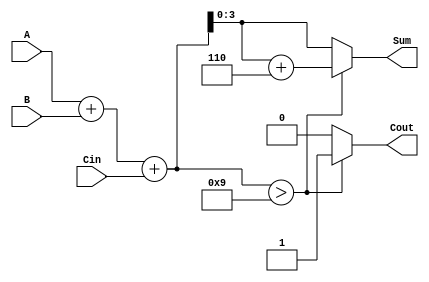
module BCD_Adder (
    input [3:0] A,    
    input [3:0] B,    
    input Cin,        
    output [3:0] Sum, 
    output Cout       
);
    reg [4:0] temp_sum;
    reg [3:0] bcd_sum;
    reg carry;

  always @(A or B or Cin) 
  begin
        temp_sum = A + B + Cin; 

        if (temp_sum > 9) begin
            bcd_sum = temp_sum + 6; 
            carry = 1;              
        end 
        else begin
            bcd_sum = temp_sum;     
            carry = 0;              
        end
    end
    assign Sum = bcd_sum;
    assign Cout = carry;
endmodule